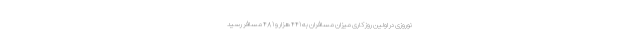
نوروزی در اولین روز کاری میزان مسافران به ۴۴۱ هزار و ۴۸۱ مسافر رسید